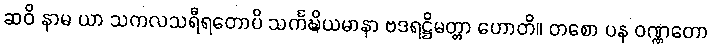
ဆဝိ နာမ ယာ သကလသရီရတောပိ သင်္ကဍ္ဎိယမာနာ ဗဒရဋ္ဌိမတ္တာ ဟောတိ။ တစော ပန ဝဏ္ဏတော